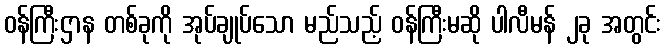
ဝန်ကြီးဌာန တစ်ခုကို အုပ်ချုပ်သော မည်သည့် ဝန်ကြီးမဆို ပါလီမန် ၂ခု အတွင်း